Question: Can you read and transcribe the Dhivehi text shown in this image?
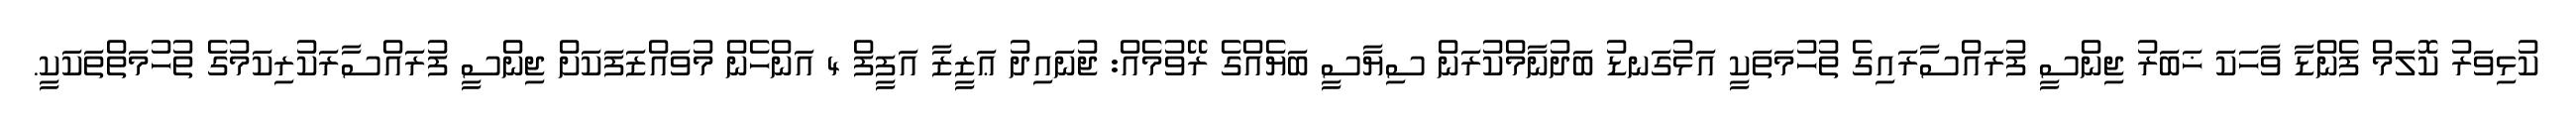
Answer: ކުޅިވަރު ކޮލަމް ފެންޑާ ވާހަކަ ޚަބަރު ޖިންސީ ފުރައްސާރައިގެ ތުހުމަތަކީ އަޅުގަނޑު ބަދުނާމްކުރަން ސިޔާސީ ބަޔެއްގެ ރޭވުމެއް: ޖުނައިދު ޢަޒީޒާ އަފީފް 4 އަންހެން މުވައްޒަފަކަށް ޖިންސީ ފުރައްސާރަކުރިކަމުގެ ތުހުމަތްތަކަކީ.